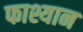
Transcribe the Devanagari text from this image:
फाश्यान